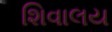
શિવાલય